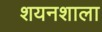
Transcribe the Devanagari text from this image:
शयनशाला